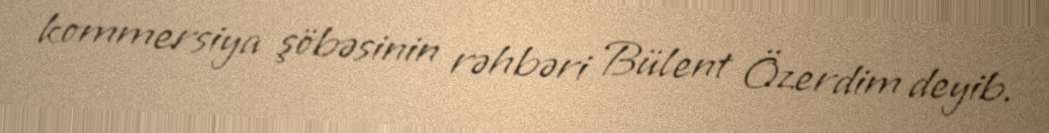
kommersiya şöbəsinin rəhbəri Bülent Özerdim deyib.